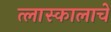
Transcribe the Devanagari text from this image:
त्लास्कालाचे